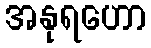
အနုရဟော